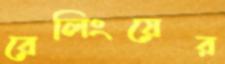
রেলিংয়ের